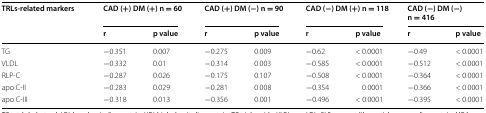
<table><thead><tr><td rowspan="2"><b>TRLs-related markers</b></td><td colspan="2"><b>CAD (+) DM (+) n = 60</b></td><td colspan="2"><b>CAD (+) DM (−) n = 90</b></td><td colspan="2"><b>CAD (−) DM (+) n = 118</b></td><td colspan="2"><b>CAD (−) DM (−) n = 416</b></td></tr><tr><td><b>r</b></td><td><b>p value</b></td><td><b>r</b></td><td><b>p value</b></td><td><b>r</b></td><td><b>p value</b></td><td><b>r</b></td><td><b>p value</b></td></tr></thead><tbody><tr><td>TG</td><td>−0.351</td><td>0.007</td><td>−0.275</td><td>0.009</td><td>−0.62</td><td>&lt; 0.0001</td><td>−0.49</td><td>&lt; 0.0001</td></tr><tr><td>VLDL</td><td>−0.332</td><td>0.01</td><td>−0.314</td><td>0.003</td><td>−0.585</td><td>&lt; 0.0001</td><td>−0.512</td><td>&lt; 0.0001</td></tr><tr><td>RLP-C</td><td>−0.287</td><td>0.026</td><td>−0.175</td><td>0.107</td><td>−0.508</td><td>&lt; 0.0001</td><td>−0.364</td><td>&lt; 0.0001</td></tr><tr><td>apo C-II</td><td>−0.283</td><td>0.029</td><td>−0.281</td><td>0.008</td><td>−0.354</td><td>0.0001</td><td>−0.366</td><td>&lt; 0.0001</td></tr><tr><td>apo C-III</td><td>−0.318</td><td>0.013</td><td>−0.356</td><td>0.001</td><td>−0.496</td><td>&lt; 0.0001</td><td>−0.395</td><td>&lt; 0.0001</td></tr></tbody></table>